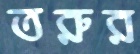
তরুর